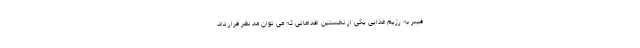
فیبر به رژیم غذایی یکی از نخستین اقداماتی که می توان مد نظر قرار داد.